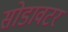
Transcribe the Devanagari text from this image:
सोडावटर